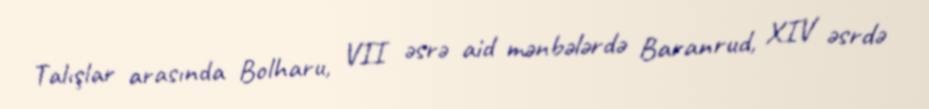
Talışlar arasında Bolharu, VII əsrə aid mənbələrdə Baranrud, XIV əsrdə